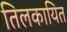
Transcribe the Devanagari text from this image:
तिलकायित